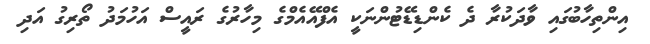
އިންތިހާބުގައި ވާދަކުރާ ދެ ކެންޑިޑޭޓުންނަކީ އެފްއޭއެމްގެ މިހާރުގެ ރައީސް އަހުމަދު ތޯރިގު އަދި